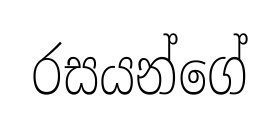
රසයන්ගේ